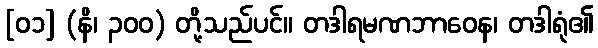
[၀၁] (နိ၊ ၃၀၀) တို့သည်ပင်။ တဒါရမဏဘာဝေန၊ တဒါရုံ၏